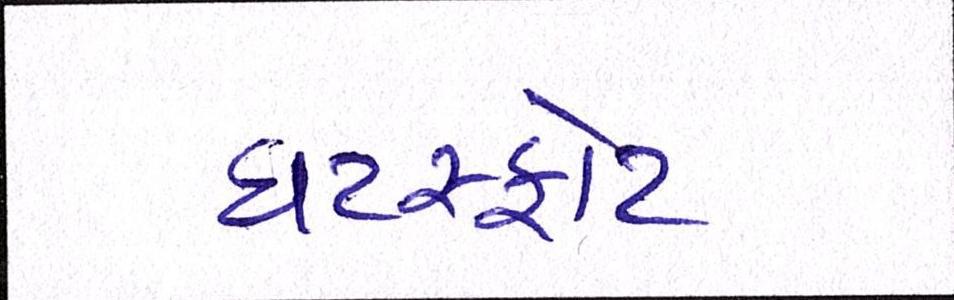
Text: ઘટસ્ફોટ